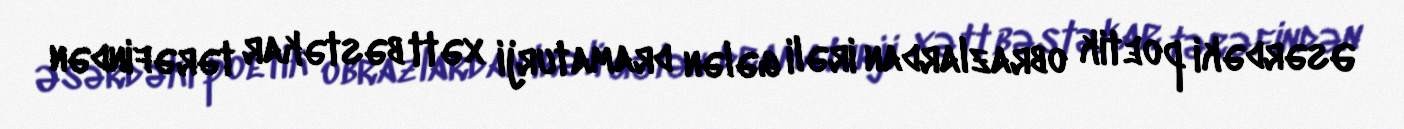
Əsərdəki poetik obrazlardan irəli gələn dramaturji xətt bəstəkar tərəfindən